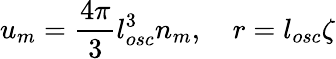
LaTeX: u_{m}=\frac{4\pi}{3}l_{osc}^{3}n_{m},\quad r=l_{osc}\zeta